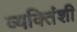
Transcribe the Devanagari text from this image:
व्यक्तिंशी